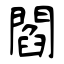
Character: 閻